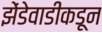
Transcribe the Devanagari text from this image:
झेंडेवाडीकडून